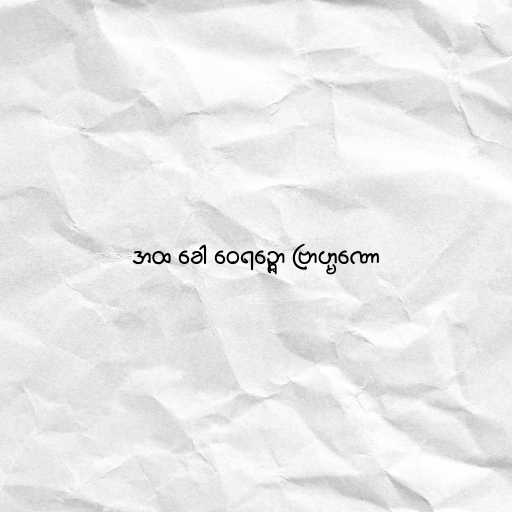
အထ ခေါ ဝေရဉ္ဇော ဗြာဟ္မဏော